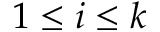
1 \leq i \leq k